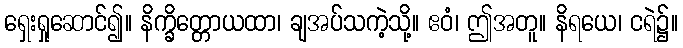
ရှေးရှုဆောင်၍။ နိက္ခိတ္တောယထာ၊ ချအပ်သကဲ့သို့။ ဧဝံ၊ ဤအတူ။ နိရယေ၊ ငရဲ၌။